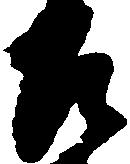
左